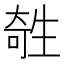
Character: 𤯱